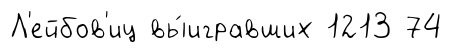
Л'ейбов'иц вы́игравших 1213 74